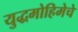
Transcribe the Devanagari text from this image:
युद्धमोहिमेचे